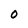
Character: O